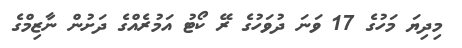
މިދިޔަ މަހުގެ 17 ވަނަ ދުވަހުގެ ރޭ ކޯޓު އަމުރެއްގެ ދަށުން ނާޒިމްގެ